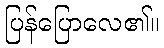
ပြန်ပြောလေ၏။